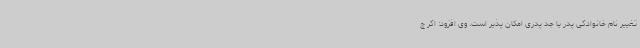
تغییر نام خانوادگی پدر یا جد پدری امکان پذیر است. وی افزود: اگر چ